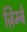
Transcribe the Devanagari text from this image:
ज़िम्बे